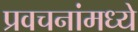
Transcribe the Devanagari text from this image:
प्रवचनांमध्ये